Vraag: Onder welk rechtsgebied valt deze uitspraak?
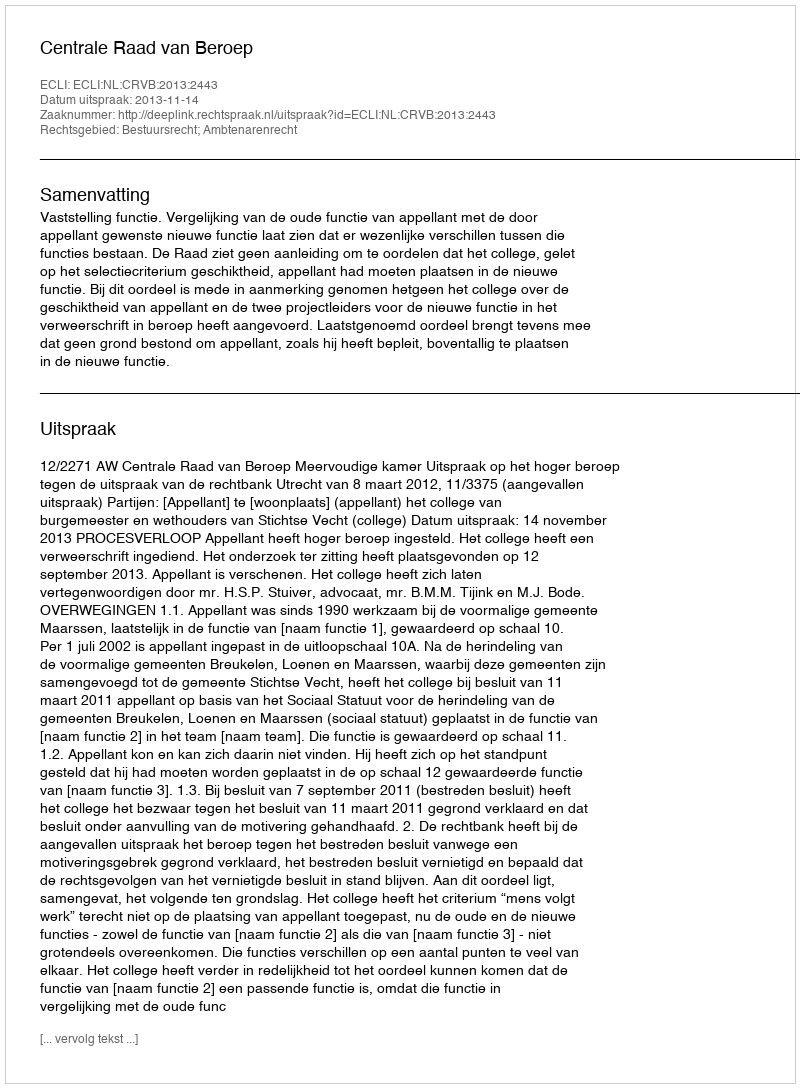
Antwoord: Bestuursrecht; Ambtenarenrecht